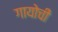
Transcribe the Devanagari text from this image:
गायोची